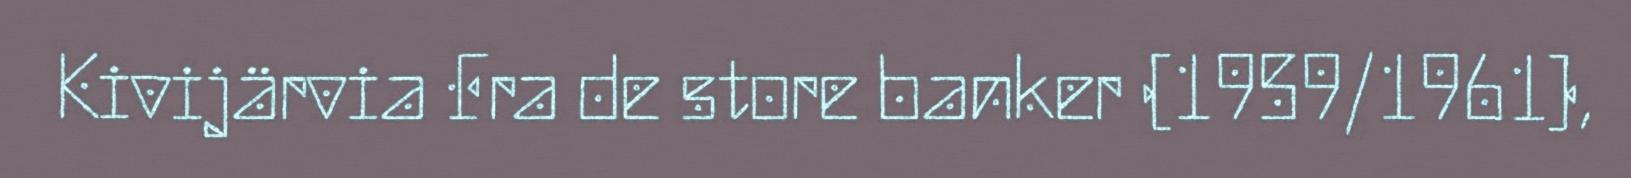
Kivijärvia Fra de store banker (1959/1961),